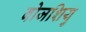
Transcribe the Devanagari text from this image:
बोजशियु